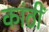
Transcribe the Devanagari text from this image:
कांठीं